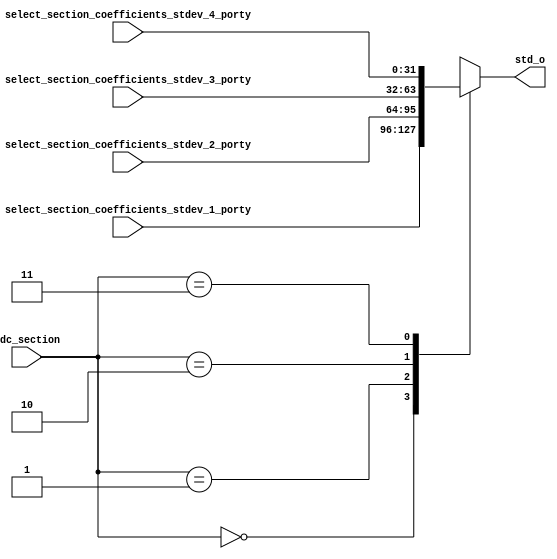
`timescale 1ns / 1ps
//////////////////////////////////////////////////////////////////////////////////
// Company: 
// Engineer: 
// 
// Design Name: 
// Module Name:    mean_selection 
// Project Name: 
// Target Devices: 
// Tool versions: 
// Description: 
//
// Dependencies: 
//
// Revision: 
// Revision 0.01 - File Created
// Additional Comments: 
//
//////////////////////////////////////////////////////////////////////////////////
module std_selection(
	 input [31:0] select_section_coefficients_stdev_4_porty, // ufix32
    input [31:0] select_section_coefficients_stdev_3_porty, // ufix32
    input [31:0] select_section_coefficients_stdev_2_porty, // ufix32
    input [31:0] select_section_coefficients_stdev_1_porty, // ufix32
	 input [1:0] adc_section,
	 output reg [31:0] std_o
    );

always @(*)
begin
	case(adc_section)
		2'b00:
		begin
			std_o = select_section_coefficients_stdev_1_porty;
		end
		2'b01:
		begin
			std_o = select_section_coefficients_stdev_2_porty;
		end
		2'b10:
		begin
			std_o = select_section_coefficients_stdev_3_porty;
		end
		2'b11:
		begin
			std_o = select_section_coefficients_stdev_4_porty;
		end
	endcase
end

endmodule